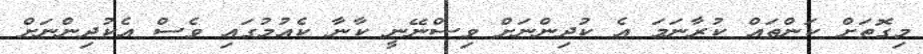
މިގޮތަށް ކަންތައް ކުރާނަމަ އެ ކުދިންނަށް ވިސްނޭނީ ކާނާ ކެއުމުގައި ވެސް އެކުދިންނަށް